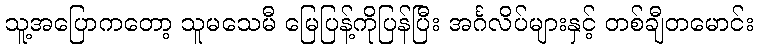
သူ့အပြောကတော့ သူမသေမီ မြေပြန့်ကိုပြန်ပြီး အင်္ဂလိပ်များနှင့် တစ်ချီတမောင်း